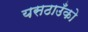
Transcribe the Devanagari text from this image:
यसठाउँको